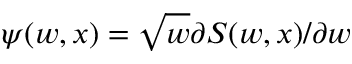
\psi ( w , x ) = \sqrt { w } \partial S ( w , x ) / \partial w